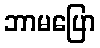
ဘာမပြော